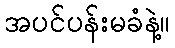
အပင်ပန်းမခံနဲ့။